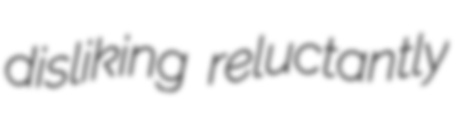
disliking reluctantly